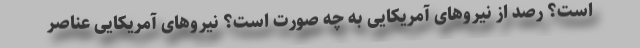
است؟ رصد از نیروهای آمریکایی به چه صورت است؟ نیروهای آمریکایی عناصر